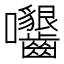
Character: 𡆟